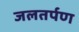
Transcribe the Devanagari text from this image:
जलतर्पण